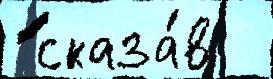
 сказа́в